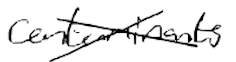
Text: contaminants
Cross-out: cross
Writing tool: digital_black